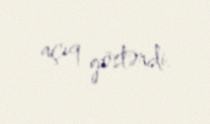
açıq göstərdi.